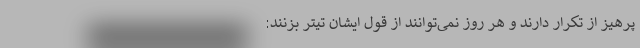
پرهیز از تکرار دارند و هر روز نمی‌توانند از قول ایشان تیتر بزنند: